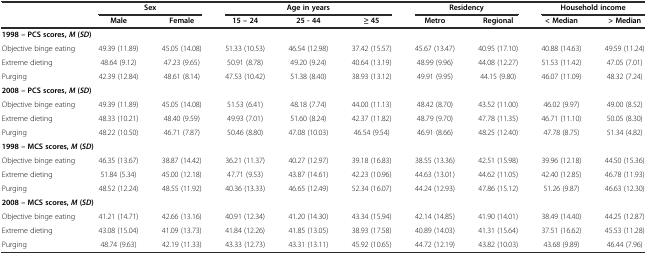
<table><thead><tr><td></td><td colspan="2"><b>Sex</b></td><td colspan="3"><b>Age in years</b></td><td colspan="2"><b>Residency</b></td><td colspan="2"><b>Household income</b></td></tr><tr><td></td><td><b>Male</b></td><td><b>Female</b></td><td><b>15 – 24</b></td><td><b>25 - 44</b></td><td><b>≥ 45</b></td><td><b>Metro</b></td><td><b>Regional</b></td><td><b>&lt; Median</b></td><td><b>&gt; Median</b></td></tr></thead><tbody><tr><td colspan="3"><b>1998 – PCS scores,</b><b><i>M</i></b><b>(</b><b><i>SD</i></b><b>)</b></td><td></td><td></td><td></td><td></td><td></td><td></td><td></td></tr><tr><td>Objective binge eating</td><td>49.39 (11.89)</td><td>45.05 (14.08)</td><td>51.33 (10.53)</td><td>46.54 (12.98)</td><td>37.42 (15.57)</td><td>45.67 (13.47)</td><td>40.95 (17.10)</td><td>40.88 (14.63)</td><td>49.59 (11.24)</td></tr><tr><td>Extreme dieting</td><td>48.64 (9.12)</td><td>47.23 (9.65)</td><td>50.91 (8.78)</td><td>49.20 (9.24)</td><td>40.64 (13.19)</td><td>48.99 (9.96)</td><td>44.08 (12.27)</td><td>51.53 (11.42)</td><td>47.05 (7.01)</td></tr><tr><td>Purging</td><td>42.39 (12.84)</td><td>48.61 (8.14)</td><td>47.53 (10.42)</td><td>51.38 (8.40)</td><td>38.93 (13.12)</td><td>49.91 (9.95)</td><td>44.15 (9.80)</td><td>46.07 (11.09)</td><td>48.32 (7.24)</td></tr><tr><td colspan="3"><b>2008 – PCS scores,</b><b><i>M</i></b><b>(</b><b><i>SD</i></b><b>)</b></td><td></td><td></td><td></td><td></td><td></td><td></td><td></td></tr><tr><td>Objective binge eating</td><td>49.39 (11.89)</td><td>45.05 (14.08)</td><td>51.53 (6.41)</td><td>48.18 (7.74)</td><td>44.00 (11.13)</td><td>48.42 (8.70)</td><td>43.52 (11.00)</td><td>46.02 (9.97)</td><td>49.00 (8.52)</td></tr><tr><td>Extreme dieting</td><td>48.33 (10.21)</td><td>48.40 (9.59)</td><td>49.93 (7.01)</td><td>51.60 (8.24)</td><td>42.37 (11.82)</td><td>48.79 (9.70)</td><td>47.78 (11.35)</td><td>46.71 (11.10)</td><td>50.05 (8.30)</td></tr><tr><td>Purging</td><td>48.22 (10.50)</td><td>46.71 (7.87)</td><td>50.46 (8.80)</td><td>47.08 (10.03)</td><td>46.54 (9.54)</td><td>46.91 (8.66)</td><td>48.25 (12.40)</td><td>47.78 (8.75)</td><td>51.34 (4.82)</td></tr><tr><td colspan="3"><b>1998 – MCS scores,</b><b><i>M</i></b><b>(</b><b><i>SD</i></b><b>)</b></td><td></td><td></td><td></td><td></td><td></td><td></td><td></td></tr><tr><td>Objective binge eating</td><td>46.35 (13.67)</td><td>38.87 (14.42)</td><td>36.21 (11.37)</td><td>40.27 (12.97)</td><td>39.18 (16.83)</td><td>38.55 (13.36)</td><td>42.51 (15.98)</td><td>39.96 (12.18)</td><td>44.50 (15.36)</td></tr><tr><td>Extreme dieting</td><td>51.84 (5.34)</td><td>45.00 (12.18)</td><td>47.71 (9.53)</td><td>43.87 (14.61)</td><td>42.23 (10.96)</td><td>44.63 (13.01)</td><td>44.62 (11.05)</td><td>42.40 (12.85)</td><td>46.78 (11.93)</td></tr><tr><td>Purging</td><td>48.52 (12.24)</td><td>48.55 (11.92)</td><td>40.36 (13.33)</td><td>46.65 (12.49)</td><td>52.34 (16.07)</td><td>44.24 (12.93)</td><td>47.86 (15.12)</td><td>51.26 (9.87)</td><td>46.63 (12.30)</td></tr><tr><td colspan="3"><b>2008 – MCS scores,</b><b><i>M</i></b><b>(</b><b><i>SD</i></b><b>)</b></td><td></td><td></td><td></td><td></td><td></td><td></td><td></td></tr><tr><td>Objective binge eating</td><td>41.21 (14.71)</td><td>42.66 (13.16)</td><td>40.91 (12.34)</td><td>41.20 (14.30)</td><td>43.34 (15.94)</td><td>42.14 (14.85)</td><td>41.90 (14.01)</td><td>38.49 (14.40)</td><td>44.25 (12.87)</td></tr><tr><td>Extreme dieting</td><td>43.08 (15.04)</td><td>41.09 (13.73)</td><td>41.84 (12.26)</td><td>41.85 (13.05)</td><td>38.93 (17.58)</td><td>40.89 (14.03)</td><td>41.31 (15.64)</td><td>37.51 (16.62)</td><td>45.53 (11.28)</td></tr><tr><td>Purging</td><td>48.74 (9.63)</td><td>42.19 (11.33)</td><td>43.33 (12.73)</td><td>43.31 (13.11)</td><td>45.92 (10.65)</td><td>44.72 (12.19)</td><td>43.82 (10.03)</td><td>43.68 (9.89)</td><td>46.44 (7.96)</td></tr></tbody></table>